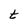
Character: t